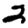
Digit: 2